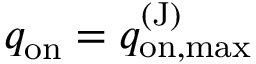
q _ { \mathrm { o n } } = q _ { \mathrm { o n , m a x } } ^ { \mathrm { ( J ) } }